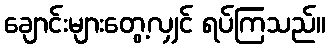
ချောင်းများတွေ့လျှင် ရပ်ကြသည်။